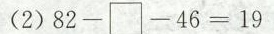
（2）$$8 2 - \Box - 4 6 = 1 9$$